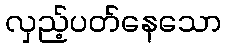
လှည့်ပတ်နေသော